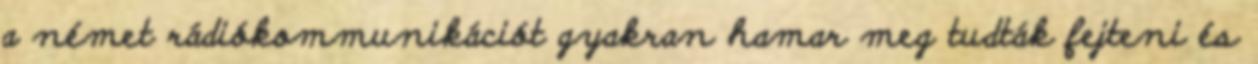
a német rádiókommunikációt gyakran hamar meg tudták fejteni és